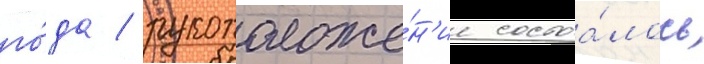
го́да / рукоположе́н'ие состоа́лось